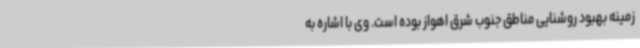
زمینه بهبود روشنایی مناطق جنوب شرق اهواز بوده است. وی با اشاره به